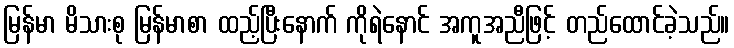
မြန်မာ မိသားစု မြန်မာစာ ထည့်ပြီးနောက် ကိုရဲနောင် အကူအညီဖြင့် တည်ထောင်ခဲ့သည်။